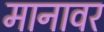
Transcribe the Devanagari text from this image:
मानावर